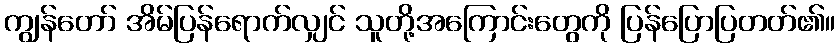
ကျွန်တော် အိမ်ပြန်ရောက်လျှင် သူတို့အကြောင်းတွေကို ပြန်ပြောပြတတ်၏။